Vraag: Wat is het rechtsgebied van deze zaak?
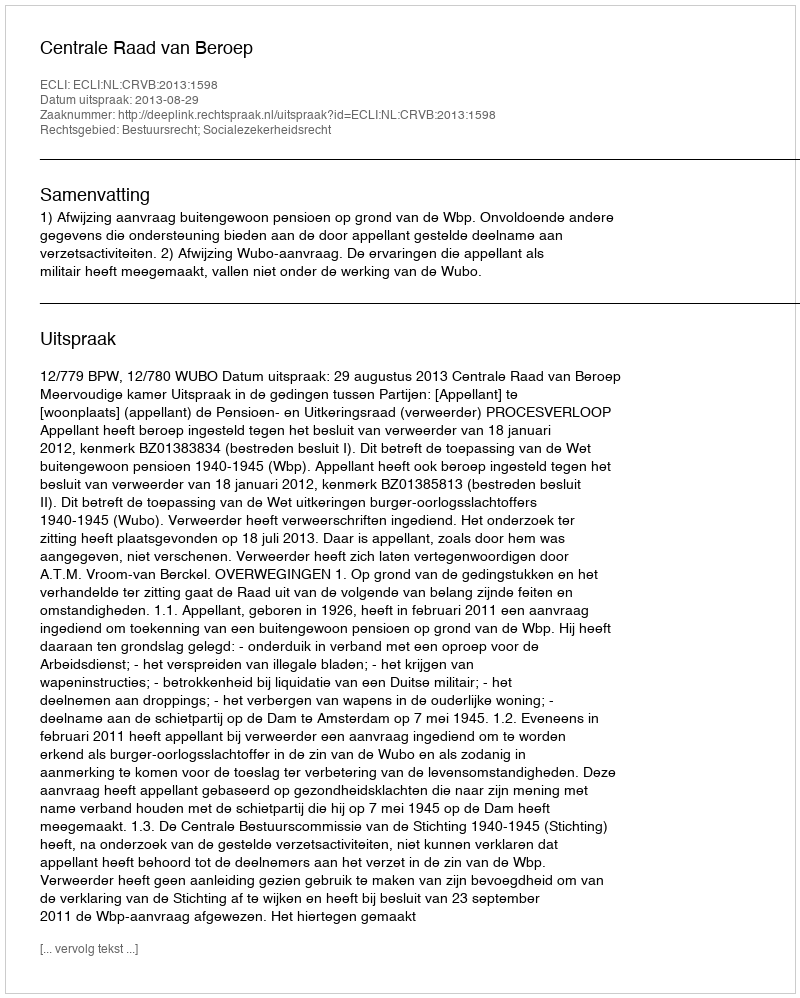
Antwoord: Bestuursrecht; Socialezekerheidsrecht